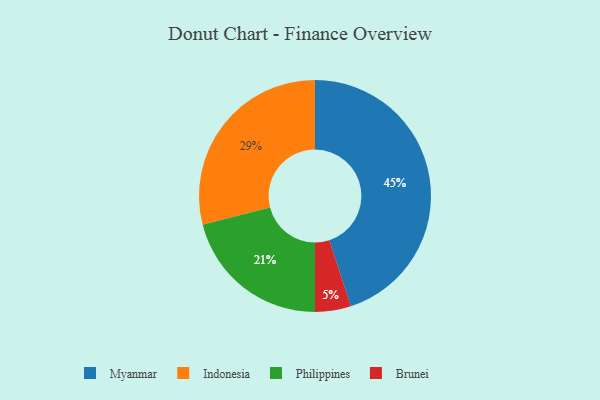
{"axis": {"x": "Category", "y": "Percentage"}, "legend": ["Brunei", "Indonesia", "Myanmar", "Philippines"], "data": [{"x": "Myanmar", "y": 45, "type": "Myanmar"}, {"x": "Philippines", "y": 21, "type": "Philippines"}, {"x": "Brunei", "y": 5, "type": "Brunei"}, {"x": "Indonesia", "y": 29, "type": "Indonesia"}]}